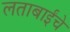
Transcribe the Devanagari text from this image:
लताबाईंचे